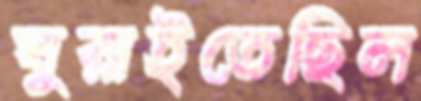
ঘুরাইতেছিল